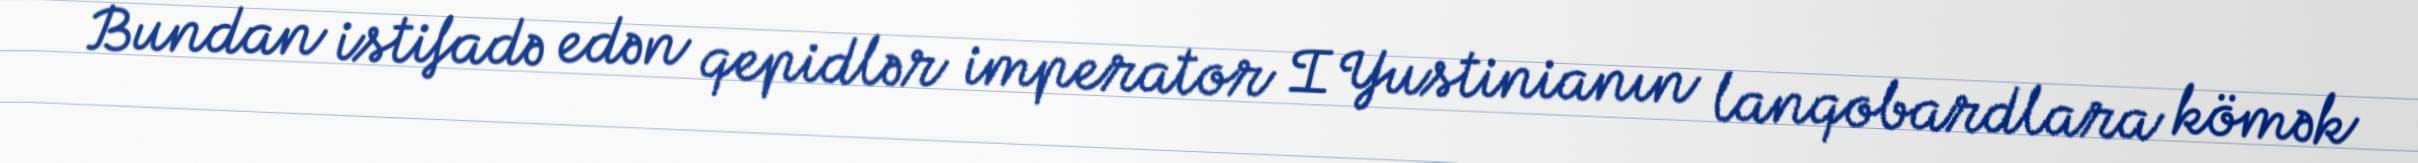
Bundan istifadə edən qepidlər imperator I Yustinianın lanqobardlara kömək